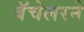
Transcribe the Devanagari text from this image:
बॅचेलरने